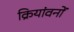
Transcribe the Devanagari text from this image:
क्रियांवनों